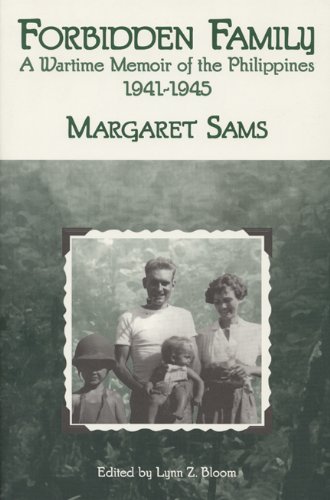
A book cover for Forbidden Family: Wartime Memoir of the Philippines, 1941-1945 (Wisconsin Studies in Autobiography); Margaret Sams; History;